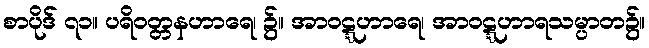
စာပိုဒ် ၇၁။ ပရိဝတ္တနဟာရေ၊ ၌။ အာဝဋ္ဋဟာရေ၊ အာဝဋ္ဋဟာရသမ္ပာတ၌။